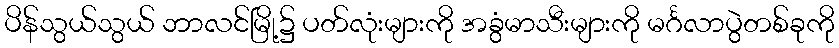
ပိန်သွယ်သွယ် ဘာလင်မြို့၌ ပတ်လုံးများကို အခွံမာသီးများကို မင်္ဂလာပွဲတစ်ခုကို